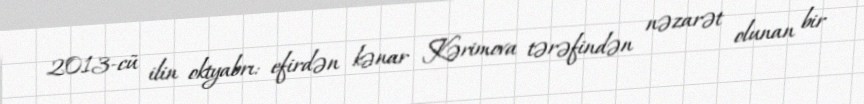
2013-cü ilin oktyabrı: efirdən kənar Kərimova tərəfindən nəzarət olunan bir